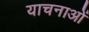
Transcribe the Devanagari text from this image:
याचनाओं